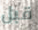
قبل